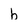
Character: b